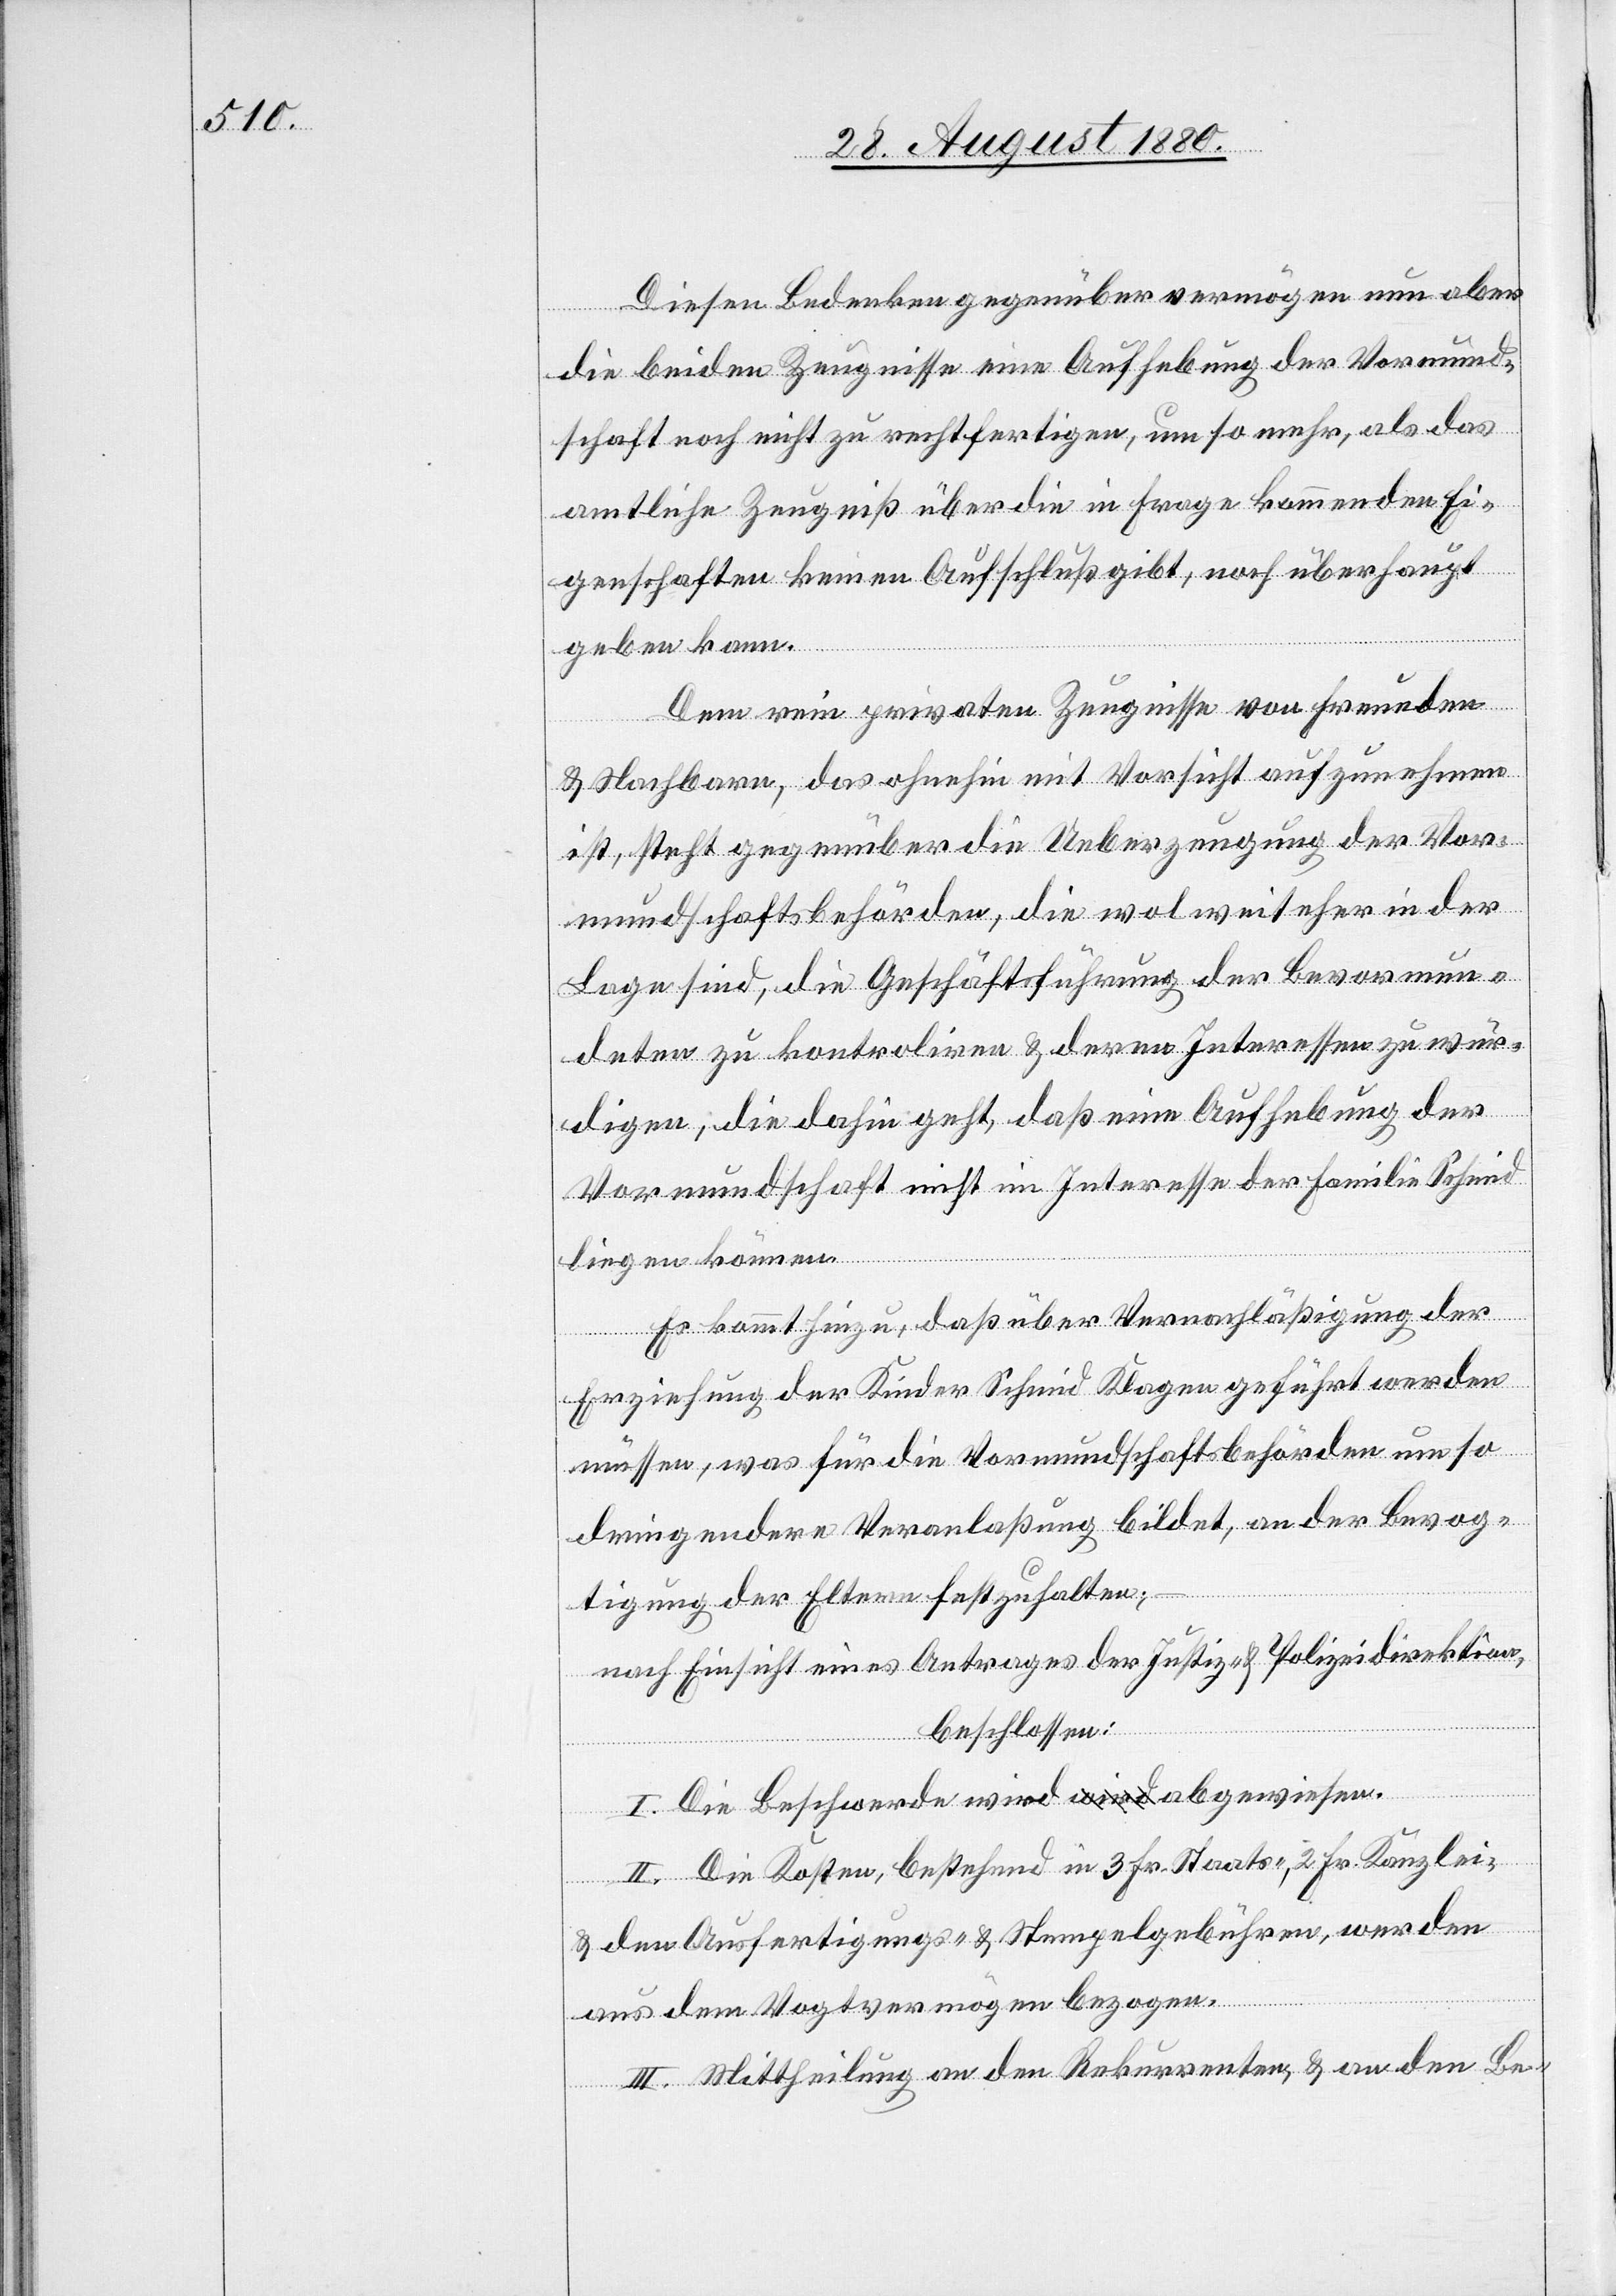
Diesen Bedenken gegenüber vermögen nun aber
die beiden Zeugnisse eine Aufhebung der Vormund¬
schaft noch nicht zu rechtfertigen, um so mehr, als das
amtliche Zeugniß über die in Frage kommenden Ei¬
genschaften keinen Aufschluß gibt, noch überhaupt
geben kann.
Dem rein privaten Zeugnisse von Freunden
& Nachbarn, das ohnehin mit Vorsicht aufzunehmen
ist, steht gegenüber die Ueberzeugung der Vor¬
mundschaftsbehörden, die wol weit eher in der
Lage sind, die Geschäftsführung der Bevormun¬
deten zu kontroliren & deren Interessen zu wür¬
digen, die dahin geht, daß eine Aufhebung der
Vormundschaft nicht im Interesse der Familie Schmid
liegen können.
Es kommt hinzu, daß über Vernachläßigung der
Erziehung der Kinder Schmid Klagen geführt werden
müssen, was für die Vormundschaftsbehörden um so
dringender Veranlaßung bildet, an der Bevog¬
tigung der Eltern festzuhalten;
nach Einsicht einen Antrages der Justiz- & Polizeidirektion,
beschlossen:
I. Die Beschwerde wird abgewiesen.
II. Die Kosten, bestehend in 3 Fr. Staats-, 2 Fr. Kanzlei-
& den Ausfertigungs- & Stempelgebühren, werden
aus dem Vogtvermögen bezogen.
III. Mittheilung an den Rekurrenten & an den Be-